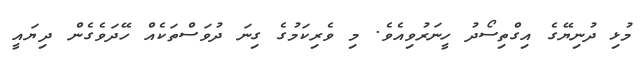
މުޅި ދުނިޔޭގެ އިގްތިސޯދު ހީނަރުވިއެވެ. މި ވެރިކަމުގެ ގިނަ ދުވަސްތަކެއް ހޭދަވެގެން ދިޔައީ